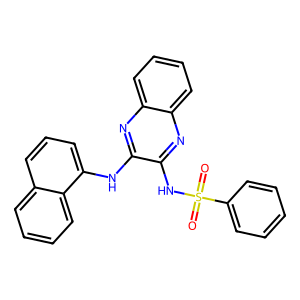
SMILES: O=S(=O)(Nc1nc2ccccc2nc1Nc1cccc2ccccc12)c1ccccc1
Inhibits HIV replication: No